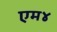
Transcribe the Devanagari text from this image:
एम४